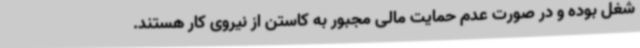
شغل بوده و در صورت عدم حمایت مالی مجبور به کاستن از نیروی کار هستند.